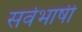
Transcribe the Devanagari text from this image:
सर्वभाषी